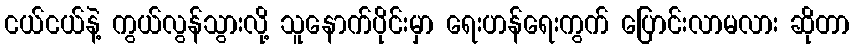
ငယ်ငယ်နဲ့ ကွယ်လွန်သွားလို့ သူနောက်ပိုင်းမှာ ရေးဟန်ရေးကွက် ပြောင်းလာမလား ဆိုတာ